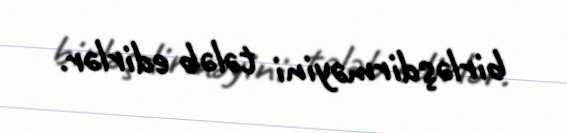
birləşdirməyini tələb edirlər.